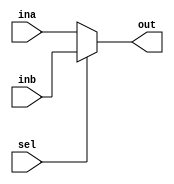
`timescale 1ns / 1ps
//////////////////////////////////////////////////////////////////////////////////
// Company: 
// Engineer: 
// 
// Design Name: 
// Module Name: mux2_1
// Project Name: 
// Target Devices: 
// Tool Versions: 
// Description: 
// 
// Dependencies: 
// 
// Revision:
// Revision 0.01 - File Created
// Additional Comments:
// 
//////////////////////////////////////////////////////////////////////////////////


module mux2_1(input [31:0] ina, inb,
              input sel,
              output [31:0] out);
  
  assign out=(sel==1'b0) ? ina : inb;

endmodule